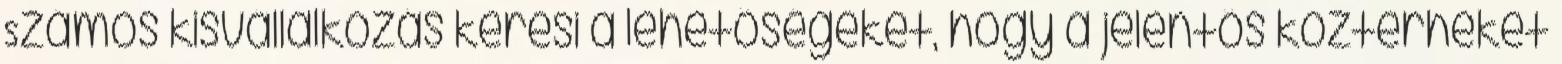
Számos kisvállalkozás keresi a lehetőségeket, hogy a jelentős közterheket